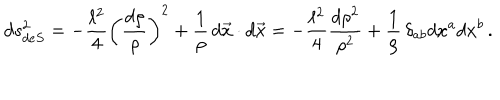
d s _ { d e S } ^ { 2 } = - { \frac { \ell ^ { 2 } } { 4 } } \left( { \frac { d \rho } { \rho } } \right) ^ { 2 } + { \frac { 1 } { \rho } } \, d \vec { x } \cdot d \vec { x } = - { \frac { \ell ^ { 2 } } { 4 } } { \frac { d \rho ^ { 2 } } { \rho ^ { 2 } } } + { \frac { 1 } { \rho } } \, \delta _ { a b } d x ^ { a } d x ^ { b } \, .